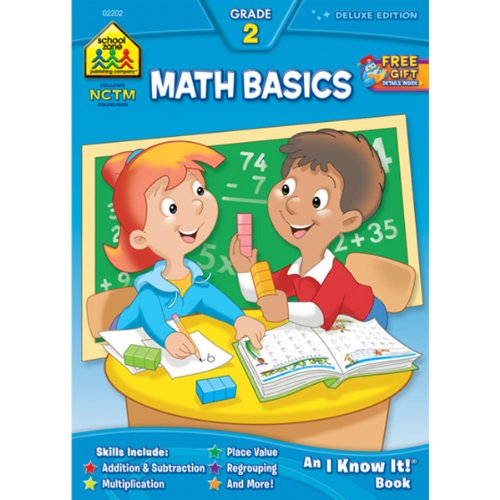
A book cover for Math Basics Grade 2; Barbara Bando Irvin; Children's Books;